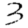
Digit: 3